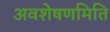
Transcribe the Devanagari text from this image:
अवशेषणमिति